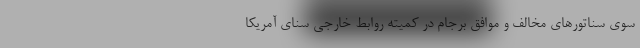
سوی سناتورهای مخالف و موافق برجام در کمیته روابط خارجی سنای آمریکا